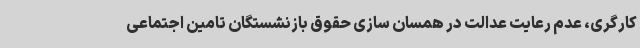
کارگری، عدم رعایت عدالت در همسان سازی حقوق بازنشستگان تامین اجتماعی